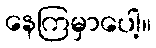
နေကြမှာပေါ့။